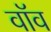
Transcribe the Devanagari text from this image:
वॉव